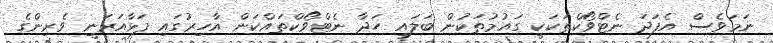
ނަމަވެސް އެފަދަ ނެޓްވޯކްތަކަކީ ގައުމުތަކުން ބަލައި ހަދާ ނެޓްވޯކްތައްކަން އާހިރުގައި ފަޅާއަރަނީ ވެރިންގެ